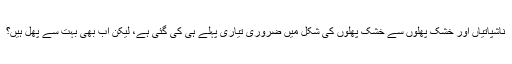
ناشپاتیاں اور خشک پھلوں سے خشک پھلوں کی شکل میں ضروری تیاری پہلے ہی کی گئی ہے، لیکن اب بھی بہت سے پھل ہیں؟